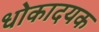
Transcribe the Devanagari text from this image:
धोकादयक